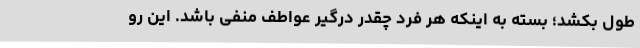
طول بکشد؛ بسته به اینکه هر فرد چقدر درگیر عواطف منفی باشد. این رو